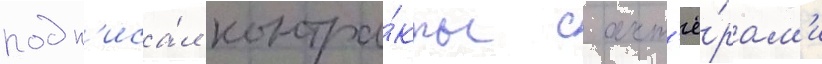
подп'иса́л контра́кты с акт'ё́рам'и